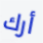
أرك